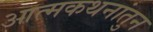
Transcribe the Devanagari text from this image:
आत्मकथनांतुन